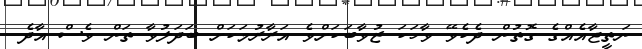
ނަތީޖާއެއްގެ ގޮތުން ދެކެވޭ ވާހަކަ ޒުވާބަކަށްވެ އަރާރުމަކަށް ބަދަލުވާ ތަން ވެސް އާދެ